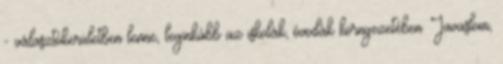
- választókerületben lenne, leginkább az iskolák, óvodák környezetében. Javaslom,